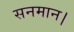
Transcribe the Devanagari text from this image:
सनमान।